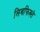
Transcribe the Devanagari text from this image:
लिबफिख्ते